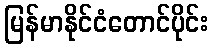
မြန်မာနိုင်ငံတောင်ပိုင်း